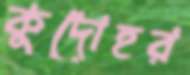
কুদোহর